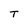
Character: T